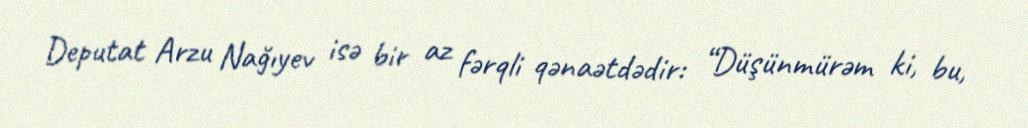
Deputat Arzu Nağıyev isə bir az fərqli qənaətdədir: “Düşünmürəm ki, bu,